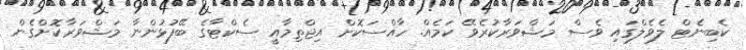
ކެބިނެޓް ލެވެލްގައި ވެސް މަޝްވަރާކުރެވޭ ކަމެއް. ހާއްސަކޮށް އިޖްތިމާއީ ސެކްޓާގެ ބޭފުޅުންނާ މަޝްވަރާކޮށްގެން